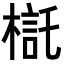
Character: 𣘄